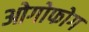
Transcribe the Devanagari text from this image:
ओगोफोग